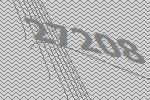
27208